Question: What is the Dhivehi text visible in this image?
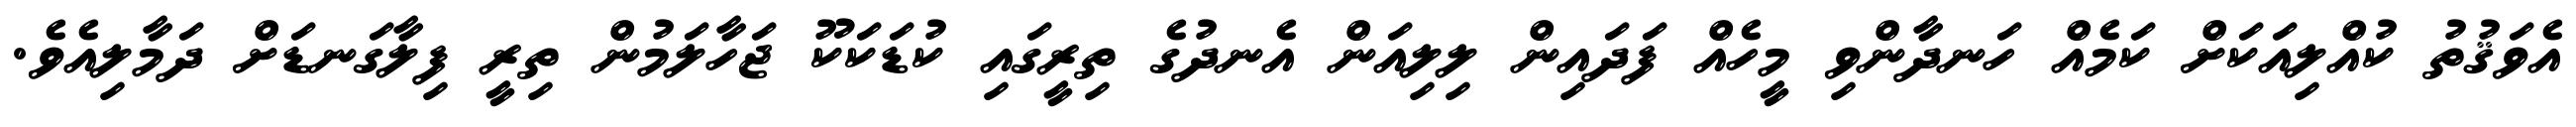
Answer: އެވަޤުތު ކުއްލިއަކަށް ކަމެއް ހަނދާންވި މީހެއް ފަދައިން ލިލިއަން އެނދުގެ ތިރީގައި ކުޑަކަކޫ ޖަހާލަމުން ތިރީ ފިލާގަނޑަށް ދަމާލިއެވެ.